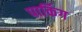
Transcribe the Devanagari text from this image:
पार्किग